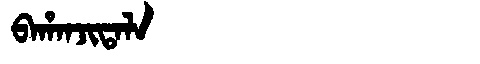
Manchu: ᠪᠠᡥᠠᠨᠵᡳᡨᠠᠯᠠ
Romanization: BAHANJITALA